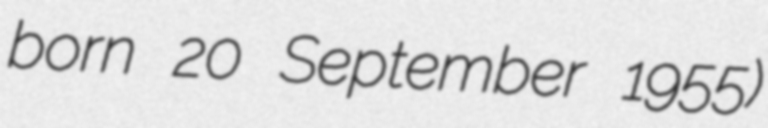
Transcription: born 20 September 1955)